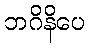
ဘဂိနိပေ